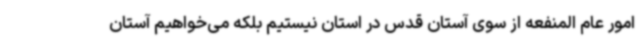
امور عام المنفعه از سوی آستان قدس در استان نیستیم بلکه می‌خواهیم آستان